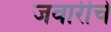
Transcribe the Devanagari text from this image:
जवारीचे